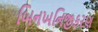
બિનખનિજીકરણ